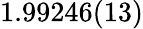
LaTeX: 1.99246(13)